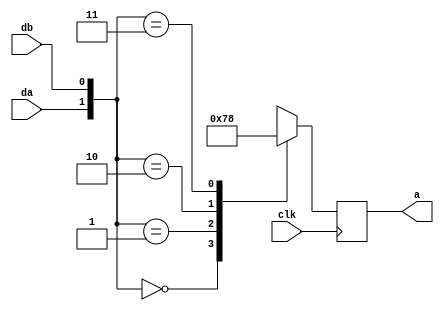
//*****************************************************************************
// COPYRIGHT (c) 2013, Xiamen Tianma Microelectronics Co, Ltd
//
// Module name   :  mux_decode
//
// Version       :  v 1.0
//
// Function      :  mux decoder
// Called by     :  --
//
// ----------------------------------------------------------------------------
// Revison
// 2014-08-01    :  create file
//*****************************************************************************
module mux_decode(
    input                 clk               ,
    input                 da                ,
    input                 db                ,
    output reg [1:0]      a
);

//+++++++++++++++++++++++++++++++++++++++++++++++++++++++++++++++++++++++++++++
// parameters
//+++++++++++++++++++++++++++++++++++++++++++++++++++++++++++++++++++++++++++++


//+++++++++++++++++++++++++++++++++++++++++++++++++++++++++++++++++++++++++++++
// variable declaration
//+++++++++++++++++++++++++++++++++++++++++++++++++++++++++++++++++++++++++++++


//+++++++++++++++++++++++++++++++++++++++++++++++++++++++++++++++++++++++++++++
// continuous assignment
//+++++++++++++++++++++++++++++++++++++++++++++++++++++++++++++++++++++++++++++


//+++++++++++++++++++++++++++++++++++++++++++++++++++++++++++++++++++++++++++++
// module instantiation
//+++++++++++++++++++++++++++++++++++++++++++++++++++++++++++++++++++++++++++++


//+++++++++++++++++++++++++++++++++++++++++++++++++++++++++++++++++++++++++++++
// block statement
//+++++++++++++++++++++++++++++++++++++++++++++++++++++++++++++++++++++++++++++

//-----------------------------------------------------------------------------
// decoder
//-----------------------------------------------------------------------------
always @(posedge clk)
begin
    case ({da, db})
        2'b00:
        begin
            a <= 2'b01;
        end
        2'b01:
        begin
            a <= 2'b11;
        end
        2'b10:
        begin
            a <= 2'b10;
        end
        2'b11:
        begin
            a <= 2'b00;
        end
    endcase
end


endmodule